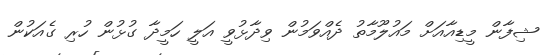
ޝިފާން މީޑިއާއަށް މައުލޫމާތު ދެއްވަމުން ވިދާޅުވީ އަލީ ހަމީދާ ގުޅުން ހުރި ގެއަކުން